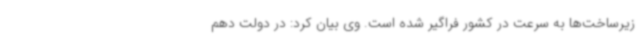
زیرساخت‌ها به سرعت در کشور فراگیر شده است. وی بیان کرد: در دولت دهم